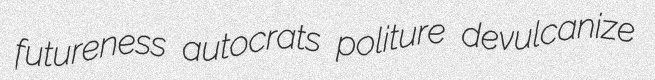
futureness autocrats politure devulcanize